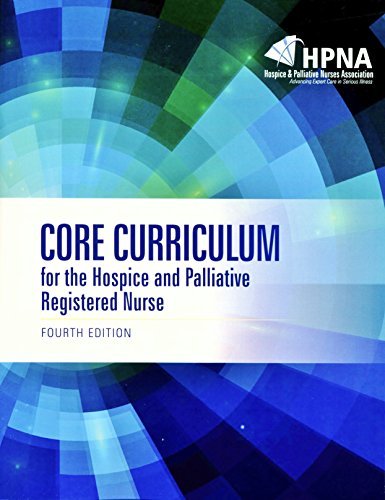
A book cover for Core Curriculum for the Hospice and Palliative Registered Nurse; HOSPICE and PALLIATIVE NURSES  ASSOCIATION (HPNA); Medical Books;